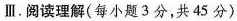
Ⅲ. 阅读理解(每小题3分,共45 分)